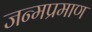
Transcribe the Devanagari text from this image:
जन्मप्रमाण